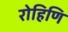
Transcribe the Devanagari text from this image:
रोहिणि